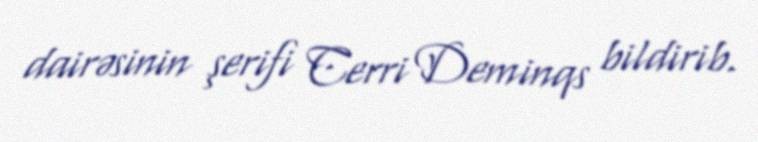
dairəsinin şerifi Cerri Deminqs bildirib.